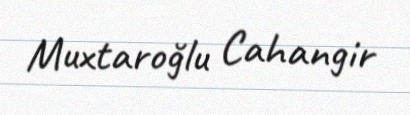
Muxtaroğlu Cahangir